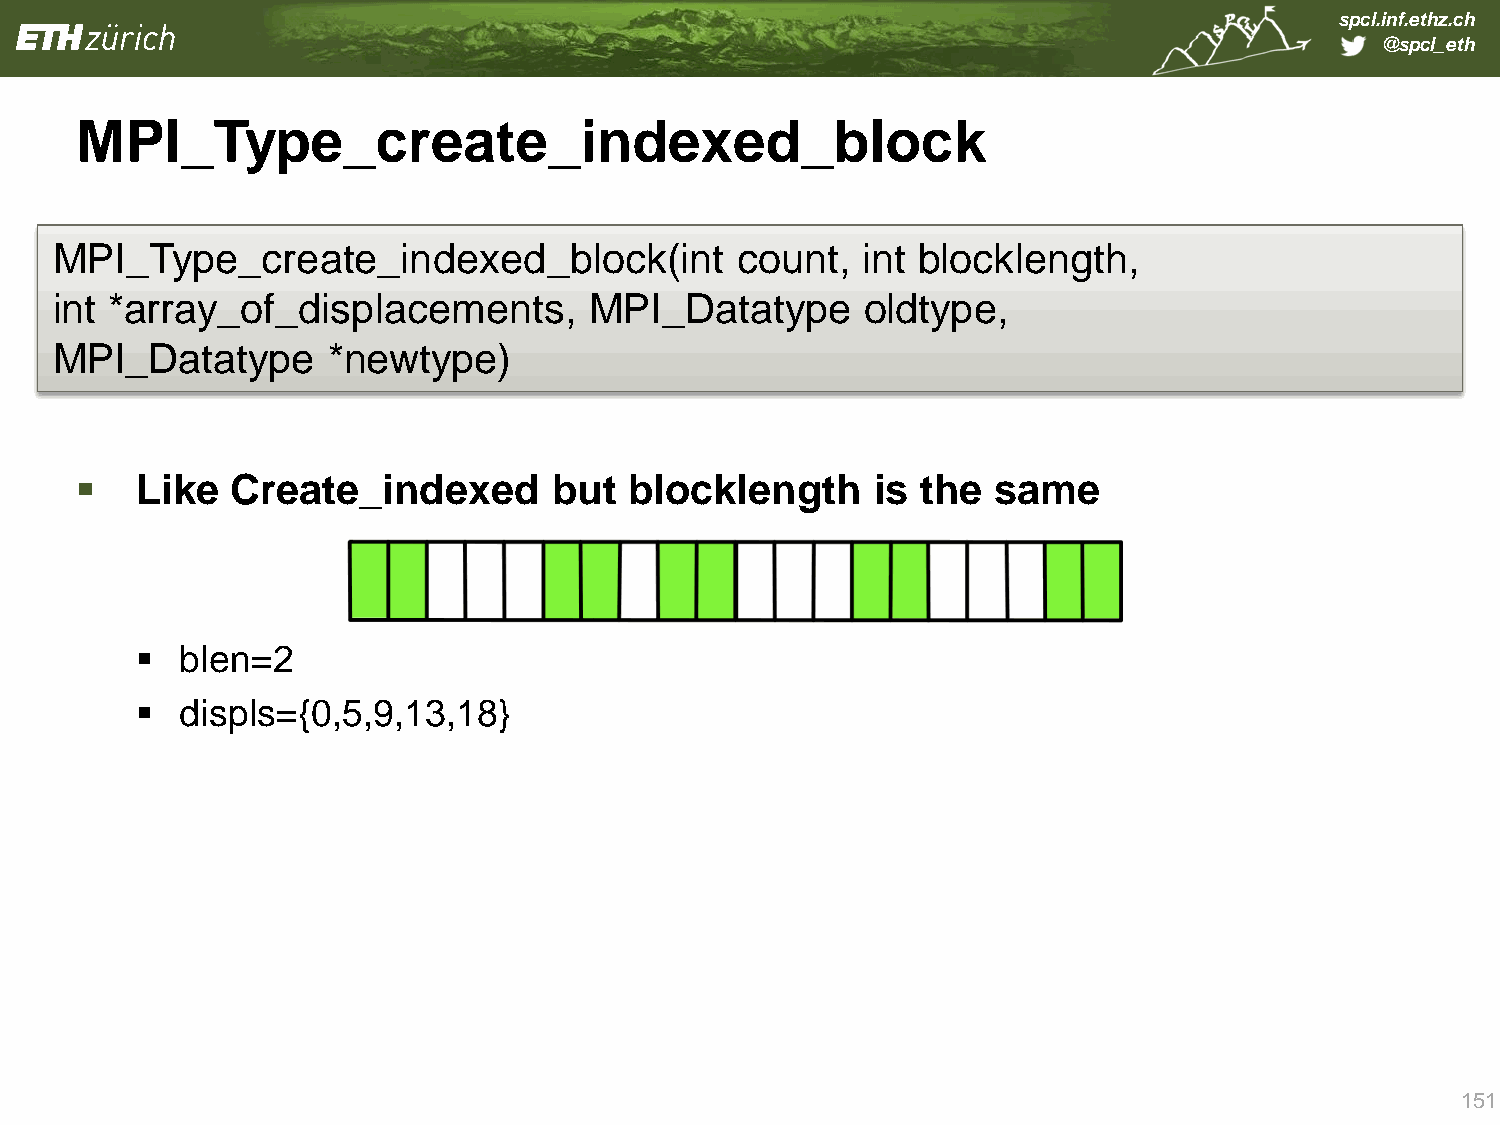
spcl.inf.ethz.ch
 @spcl_eth
 MPI_Type_create_indexed_block
 MPI_Type_create_indexed_block(int             count,  int blocklength,
 int *a rray_of_displacements,       MPI_Datatype      oldtype,
 MPI_Datatype       *newtype)
    Like  Create_indexed        but  blocklength     is the  same
   blen=2
   displs={0,5,9,13,18}
 151